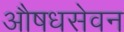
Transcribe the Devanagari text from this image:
औषधसेवन